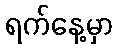
ရက်နေ့မှာ